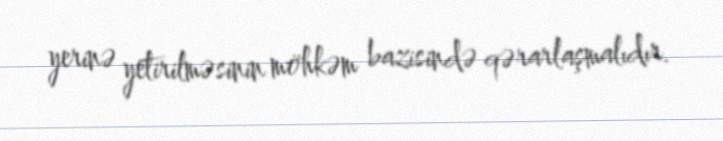
yerinə yetirilməsinin möhkəm bazisində qərarlaşmalıdır.